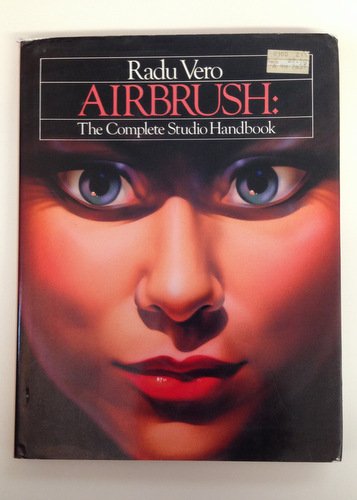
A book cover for Airbrush - Complete Studio Handbook; Radu; Wood, Barbara, Editor Vero; Arts & Photography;